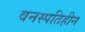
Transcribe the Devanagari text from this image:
वनस्पतिहीन